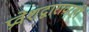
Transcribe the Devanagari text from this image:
प्रवेशद्वारावरही